Document type: Sale
Year: 1435
Scribe: Pere Soler
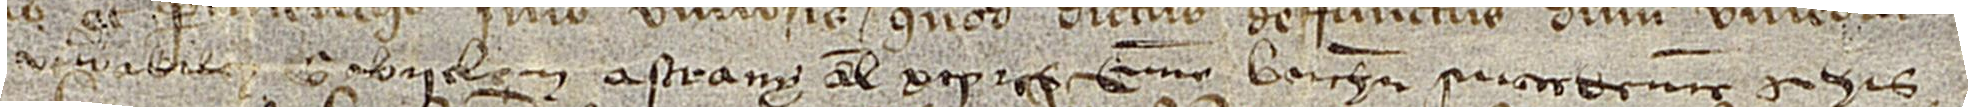
venerabilem Gabrielem Astrany, alias Xiprès, civem Barchinone, succedentem in his